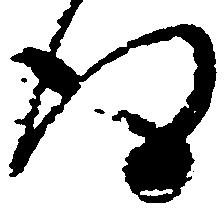
得